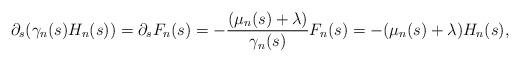
LaTeX: \begin{align*}\partial_s(\gamma_n(s)H_n(s)) = \partial_s F_n(s) =-\frac{(\mu_n(s)+\lambda)}{\gamma_n(s)}F_n(s) = -(\mu_n(s)+\lambda)H_n(s),\end{align*}